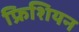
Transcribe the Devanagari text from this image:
फ्रिशियन